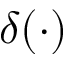
\delta ( \cdot )